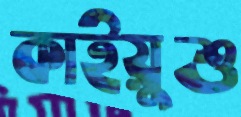
কাইয়ুশু